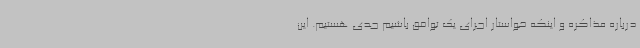
درباره مذاکره و اینکه خواستار اجرای یک توافق باشیم جدی هستیم. این